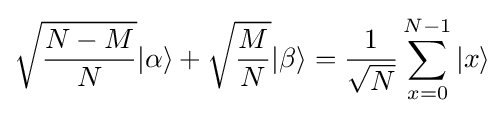
{\sqrt {\frac {N-M}{N}}}|\alpha \rangle +{\sqrt {\frac {M}{N}}}|\beta \rangle ={\frac {1}{\sqrt {N}}}\sum _{x=0}^{N-1}{|x\rangle }